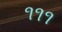
૧૧૧